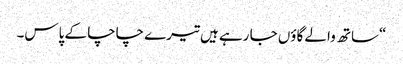
“ساتھ والے گاؤں جا رہے ہیں تیرے چاچا کے پاس۔